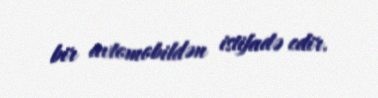
bir avtomobildən istifadə edir.